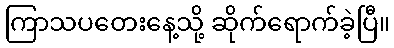
ကြာသပတေးနေ့သို့ ဆိုက်ရောက်ခဲ့ပြီ။